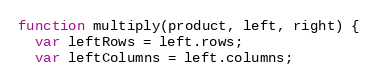
Language: JavaScript
function multiply(product, left, right) {
  var leftRows = left.rows;
  var leftColumns = left.columns;